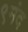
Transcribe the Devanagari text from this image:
९मंद